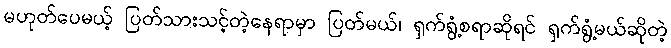
မဟုတ်ပေမယ့် ပြတ်သားသင့်တဲ့နေရာမှာ ပြတ်မယ်၊ ရှက်ရွံ့စရာဆိုရင် ရှက်ရွံ့မယ်ဆိုတဲ့